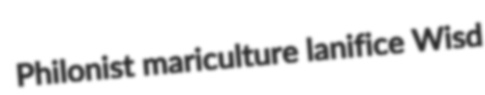
Philonist mariculture lanifice Wisd